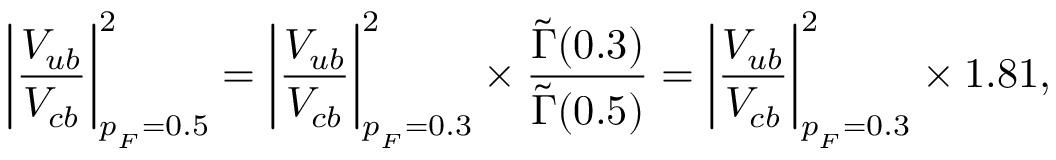
\left| \frac { V _ { u b } } { V _ { c b } } \right| _ { p _ { _ F } = 0 . 5 } ^ { 2 } = \left| \frac { V _ { u b } } { V _ { c b } } \right| _ { p _ { _ F } = 0 . 3 } ^ { 2 } \times \frac { \widetilde { \Gamma } ( 0 . 3 ) } { \widetilde { \Gamma } ( 0 . 5 ) } = \left| \frac { V _ { u b } } { V _ { c b } } \right| _ { p _ { _ F } = 0 . 3 } ^ { 2 } \times 1 . 8 1 ,